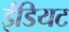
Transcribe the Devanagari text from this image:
ईडियट